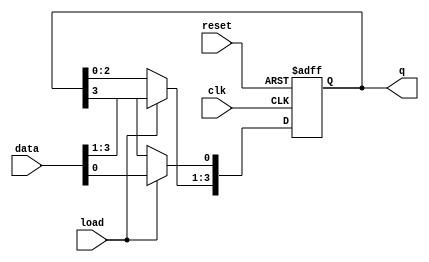
module LoadableRingCounter #(
    parameter N = 4 // Number of bits in the counter
) (
    input wire clk,            // Clock signal
    input wire reset,          // Asynchronous reset
    input wire load,           // Load control signal
    input wire [N-1:0] data,   // Data input for loading
    output reg [N-1:0] q       // Current state of the counter
);

    always @(posedge clk or posedge reset) begin
        if (reset) begin
            // Reset the counter to a default starting state (e.g., single '1' at LSB)
            q <= 1'b1; // or q <= {N{1'b0}} if you want all zeros
        end else if (load) begin
            // Load the new data into the counter
            q <= data;
        end else begin
            // Normal ring counter operation
            // Shift the '1' to the left, wrapping around
            // If the least significant bit is '1', it moves to the most significant bit
            q <= {q[N-2:0], q[N-1]}; // Shift left with wrap-around
            q[0] <= q[N-1]; // Move the '1' to the next position
        end
    end

endmodule